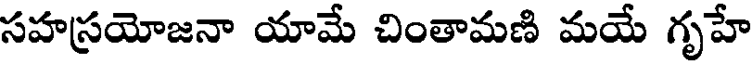
సహస్రయోజనా యామే చింతామణి మయే గృహే